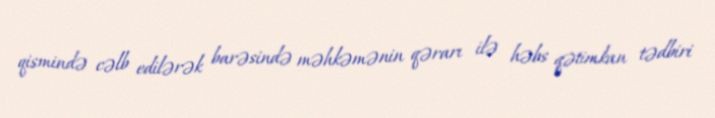
qismində cəlb edilərək barəsində məhkəmənin qərarı ilə həbs qətimkan tədbiri